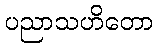
ပညာသဟိတော